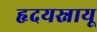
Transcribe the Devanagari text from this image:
हृदयस्नायू